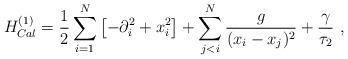
LaTeX: \begin{align*}H_{Cal}^{(1)} ={1 \over 2} \sum_{i=1}^N \left[ -\partial_i^2 + x_i^2 \right] + \sum_{j < i}^N \frac g {(x_i-x_j)^2} + \frac{\gamma}{\tau_2}\ ,\end{align*}